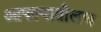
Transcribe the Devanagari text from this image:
आपल्यातीलच